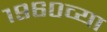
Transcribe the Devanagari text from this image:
१९६०व्या